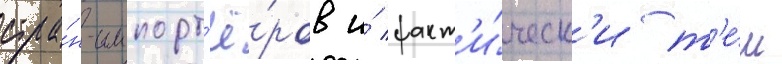
стра́н-импорт'ё́ров и́ факт'и́ческ'и т'е́м